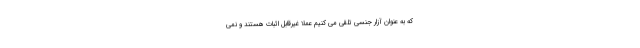
که به عنوان آزار جنسی تلقی می کنیم عملاً غیرقابل اثبات هستند و نمی